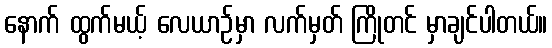
နောက် ထွက်မယ့် လေယာဉ်မှာ လက်မှတ် ကြိုတင် မှာချင်ပါတယ်။